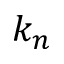
k _ { n }